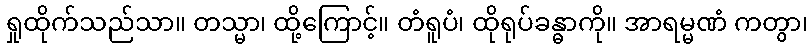
ရှုထိုက်သည်သာ။ တသ္မာ၊ ထို့ကြောင့်။ တံရူပံ၊ ထိုရုပ်ခန္ဓာကို။ အာရမ္မဏံ ကတွာ၊